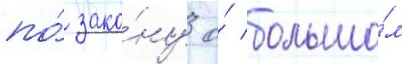
по́ зако́ну о́ большо́м